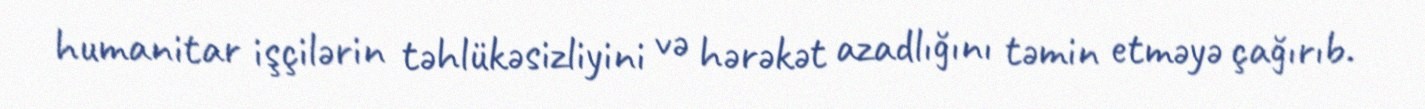
humanitar işçilərin təhlükəsizliyini və hərəkət azadlığını təmin etməyə çağırıb.